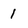
Character: 1